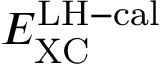
E _ { \mathrm { X C } } ^ { \mathrm { L H - c a l } }